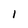
Character: 1